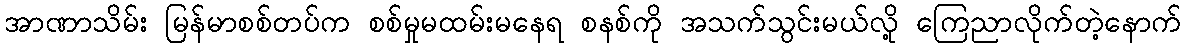
အာဏာသိမ်း မြန်မာစစ်တပ်က စစ်မှုမထမ်းမနေရ စနစ်ကို အသက်သွင်းမယ်လို့ ကြေညာလိုက်တဲ့နောက်